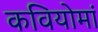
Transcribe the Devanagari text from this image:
कवियोमां